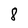
Character: 8